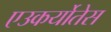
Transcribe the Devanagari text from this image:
एउकर्योतेस